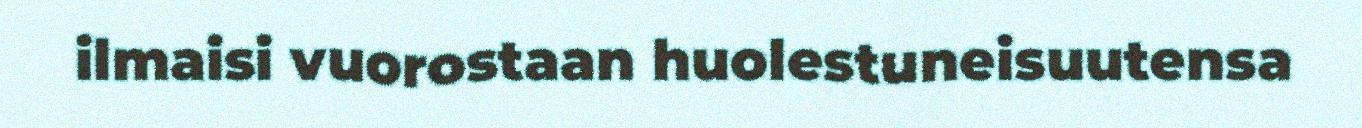
ilmaisi vuorostaan huolestuneisuutensa